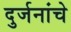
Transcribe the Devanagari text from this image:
दुर्जनांचे